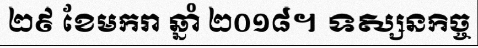
២៩ ខែមករា ឆ្នាំ ២០១៨។ ទស្សនកិច្ច